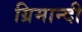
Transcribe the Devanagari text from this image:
ग्रिमान्दी